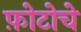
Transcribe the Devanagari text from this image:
फ़ोटोचे